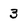
Character: 3